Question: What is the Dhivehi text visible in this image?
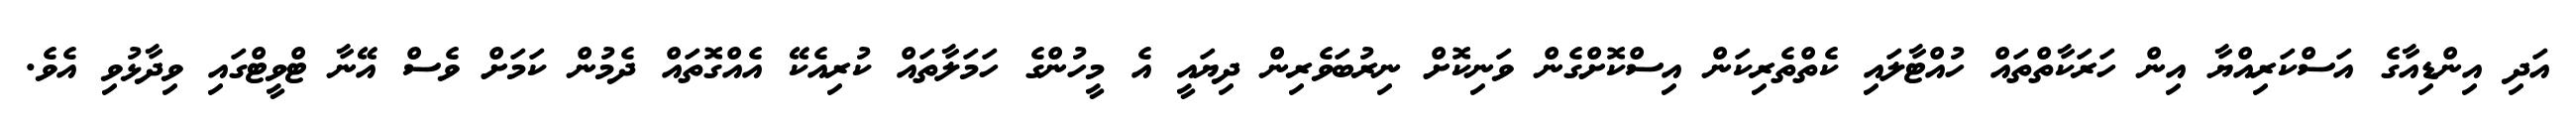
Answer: އަދި އިންޑިއާގެ އަސްކަރިއްޔާ އިން ހަރަކާތްތައް ހުއްޓާލައި ކެތްތެރިކަން އިސްކޮށްގެން ވަނިކޮށް ނިރުބަވެރިން ދިޔައީ އެ މީހުންގެ ހަމަލާތައް ކުރިއެކޭ އެއްގޮތައް ދެމުން ކަމަށް ވެސް އޭނާ ޓްވީޓްގައި ވިދާޅުވި އެވެ.